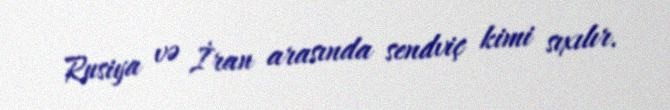
Rusiya və İran arasında sendviç kimi sıxılır.